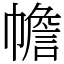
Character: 幨